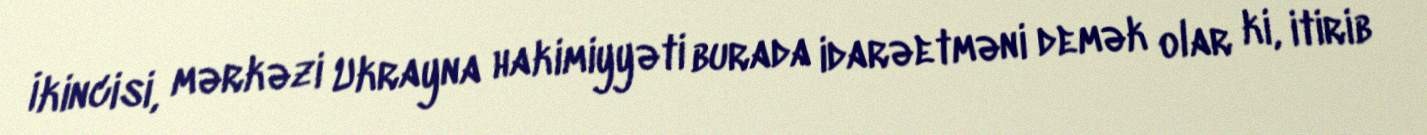
İkincisi, mərkəzi Ukrayna hakimiyyəti burada idarəetməni demək olar ki, itirib